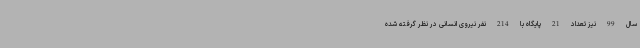
سال 99 نیز تعداد 21 پایگاه با 214 نفر نیروی انسانی در نظر گرفته شده